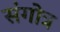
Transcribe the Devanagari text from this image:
संगोत्र